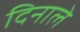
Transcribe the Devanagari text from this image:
दिनाले